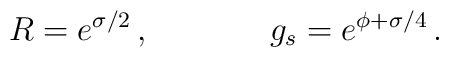
R = e^{\sigma/2}\, ,\hskip 1.5truecm g_s =e^{\phi + \sigma/4}\, .